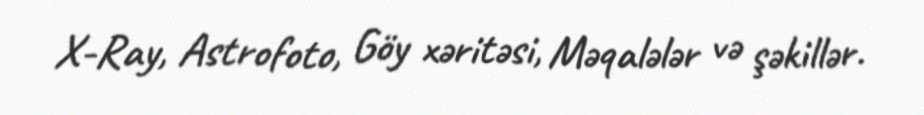
X-Ray, Astrofoto, Göy xəritəsi, Məqalələr və şəkillər.